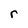
Character: r